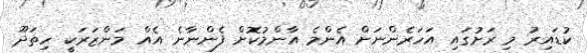
ކުޑައިރު މި ރަށުގައި އަހަރެންނަށް އެންމެ އާންމުކޮށް ފެންނާނެ އެއް މަންޒަރަކީ ހިތަދޫ